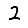
Digit: 2